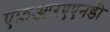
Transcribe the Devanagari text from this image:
एफ़आरएएनडी